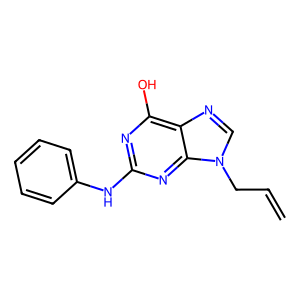
SMILES: C=CCn1cnc2c(O)nc(Nc3ccccc3)nc21
Inhibits HIV replication: No